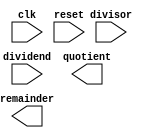
module Restoring_Divider(
    input wire clk, reset,
    input wire [31:0] dividend, divisor,
    output wire [31:0] quotient, remainder
);

// Control unit
reg [3:0] state;
parameter [3:0] IDLE = 4'b0000, 
                 DECREMENT = 4'b0001, 
                 COMPARE = 4'b0010, 
                 FINISH = 4'b0011;

always @(posedge clk or posedge reset) begin
    if (reset) begin
        state <= IDLE;
    end else begin
        case (state)
            IDLE: begin
                state <= DECREMENT;
            end
            DECREMENT: begin
                // Subtract the divisor from the dividend
                state <= COMPARE;
            end
            COMPARE: begin
                // Compare the result with the divisor
                state <= FINISH;
            end
            FINISH: begin
                // Store the quotient and remainder
                state <= IDLE;
            end
        endcase
    end
end

// Input register
always @(posedge clk or posedge reset) begin
    if (reset) begin
        // Initialize input register
    end else begin
        // Store dividend and divisor
    end
end

// Quotient and remainder registers

// Subtractor unit

// Comparator unit

// Multiplexers

endmodule